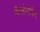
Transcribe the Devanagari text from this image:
फिलोसोफेर